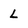
Character: L